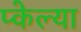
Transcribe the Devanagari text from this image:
प्केल्या